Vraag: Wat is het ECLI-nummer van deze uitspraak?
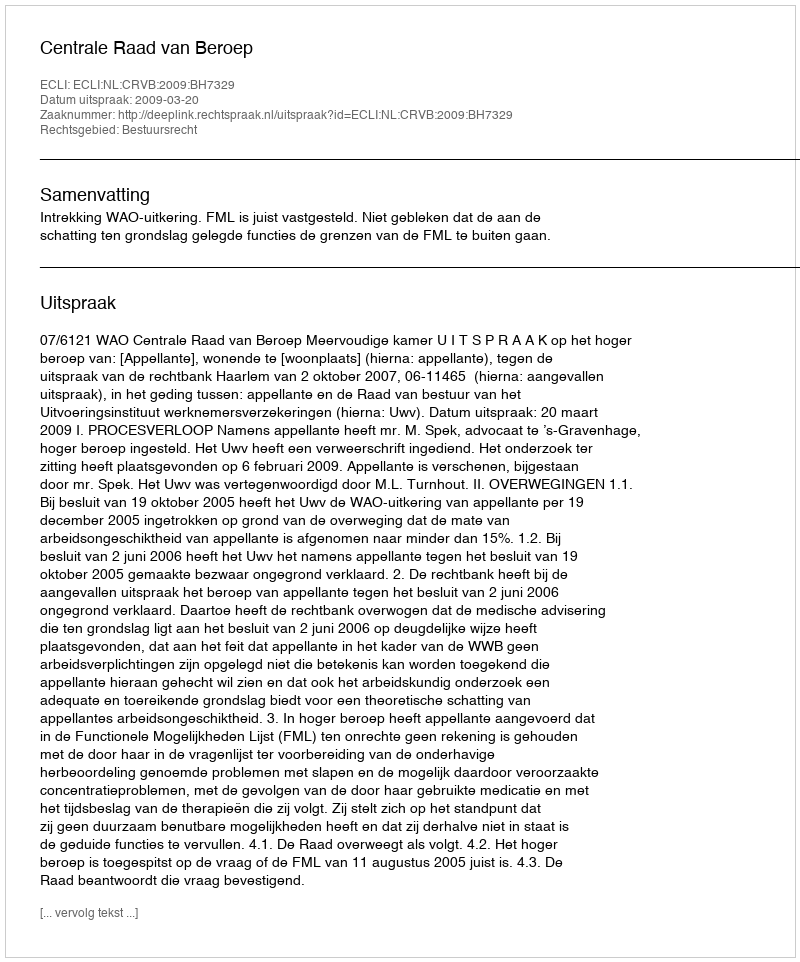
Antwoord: ECLI:NL:CRVB:2009:BH7329